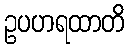
ဥပဟရထာတိ